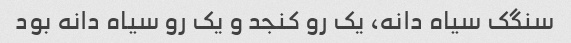
سنگک سیاه دانه، یک رو کنجد و یک رو سیاه دانه بود